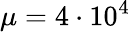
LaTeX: \mu=4\cdot 10^{4}